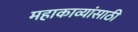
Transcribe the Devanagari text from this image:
महाकाव्यांसाठी